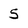
Character: 5